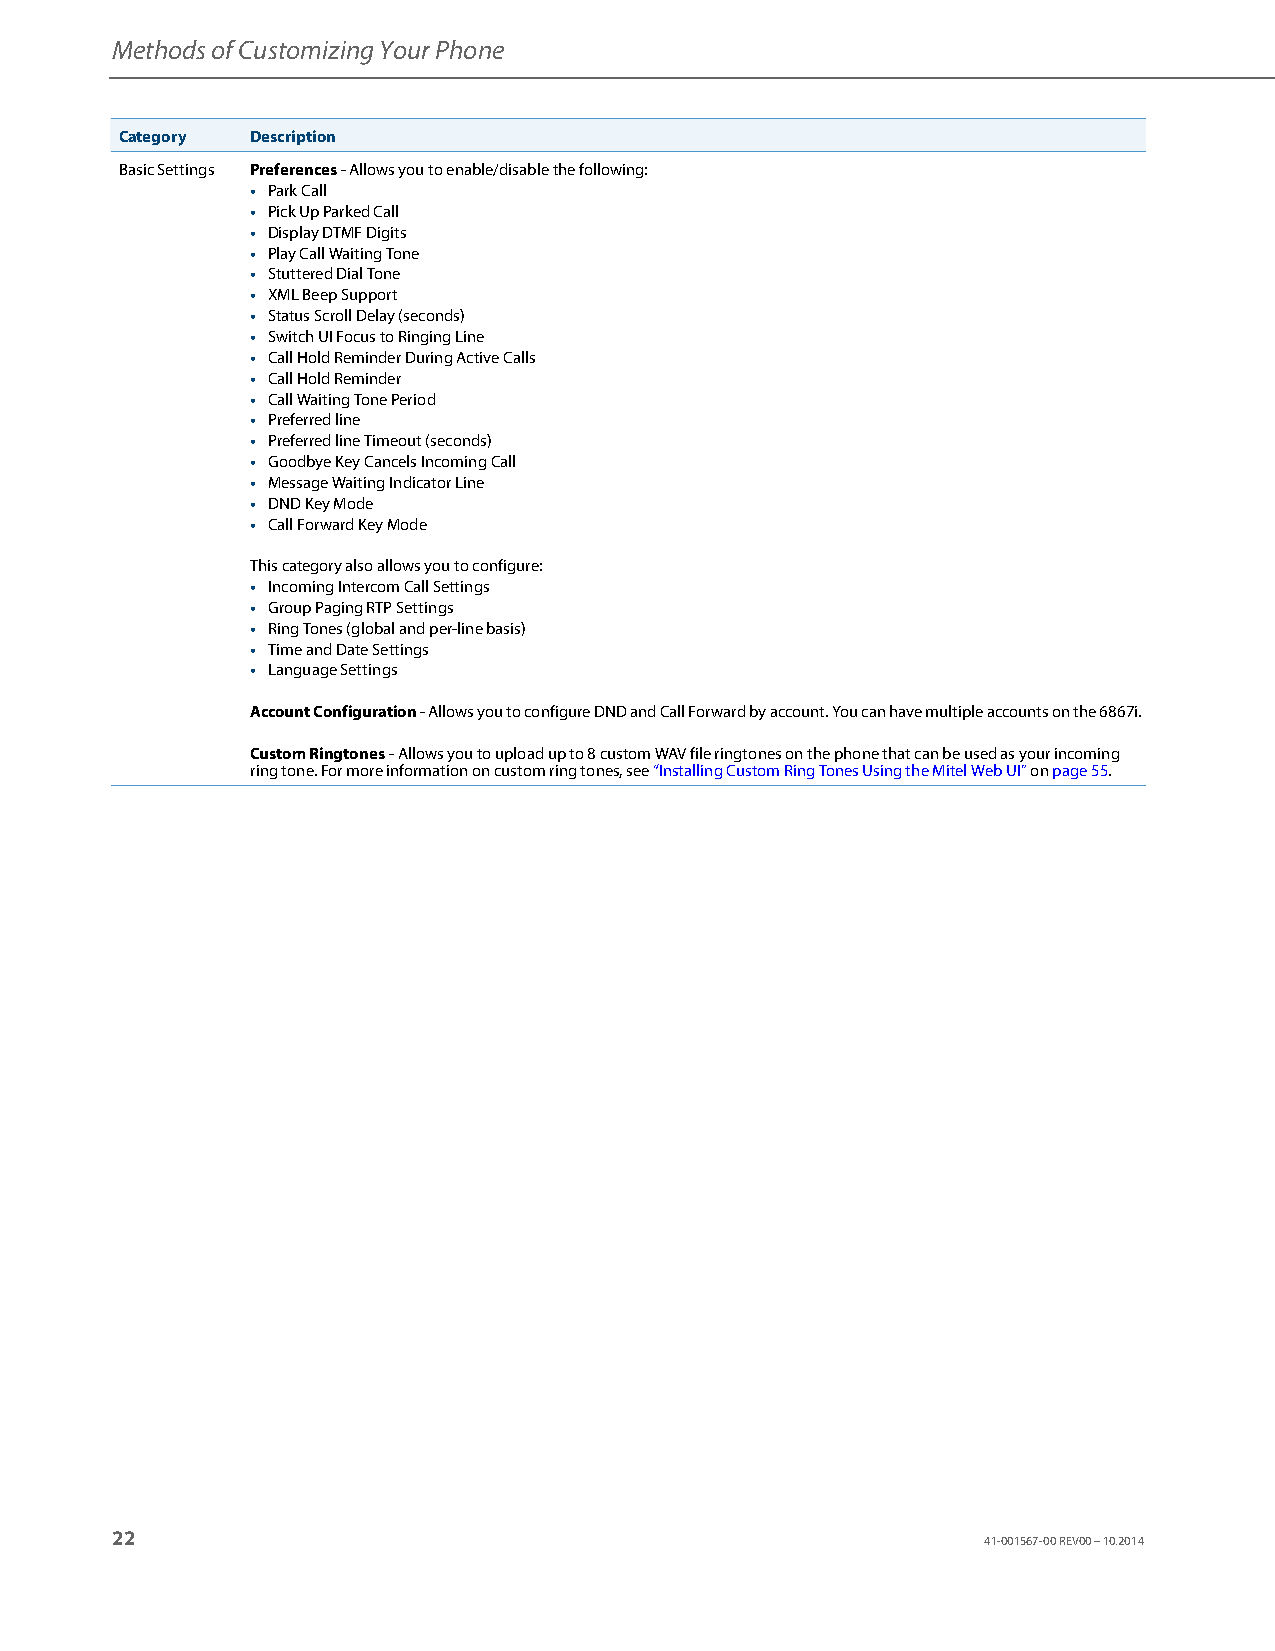
Methods of Customizing Your Phone
 Category Description
 Basic Settings Preferences - Allows you to enable/disable the following:
 • Park Call
 • Pick Up Parked Call
 • Display DTMF Digits
 • Play Call Waiting Tone
 • Stuttered Dial Tone
 • XML Beep Support
 • Status Scroll Delay (seconds)
 • Switch UI Focus to Ringing Line
 • Call Hold Reminder During Active Calls
 • Call Hold Reminder
 • Call Waiting Tone Period
 • Preferred line
 • Preferred line Timeout (seconds)
 • Goodbye Key Cancels Incoming Call
 • Message Waiting Indicator Line
 • DND Key Mode
 • Call Forward Key Mode
 This category also allows you to configure:
 • Incoming Intercom Call Settings
 • Group Paging RTP Settings
 • Ring Tones (global and per-line basis)
 • Time and Date Settings
 • Language Settings
 Account Configuration - Allows you to configure DND and Call Forward by account. You can have multiple accounts on the 6867i.
 Custom Ringtones - Allows you to upload up to 8 custom WAV file ringtones on the phone that can be used as your incoming
 ring tone. For more information on custom ring tones, see “Installing Custom Ring Tones Using the Mitel Web UI” on page 55.
 22
 41-001567-00 REV00 – 10.2014